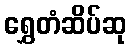
ရွှေတံဆိပ်ဆု